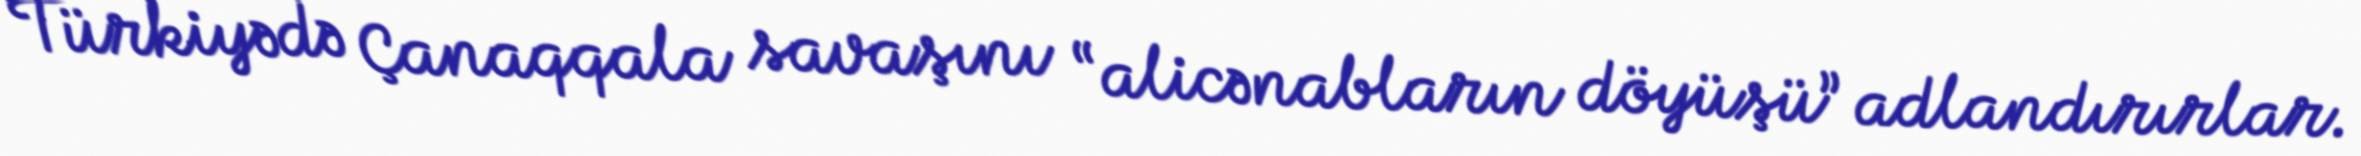
Türkiyədə Çanaqqala savaşını “alicənabların döyüşü” adlandırırlar.